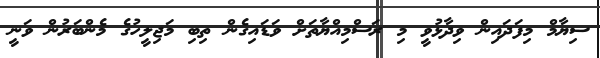
ސިޔާމް މިފަދައިން ވިދާޅުވީ މި ރަސްމިއްޔާތަށް ވަޑައިގެން ތިބި މަޖިލީހުގެ މެންބަރުން ވަނީ